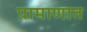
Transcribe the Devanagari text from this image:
प्रामाणात